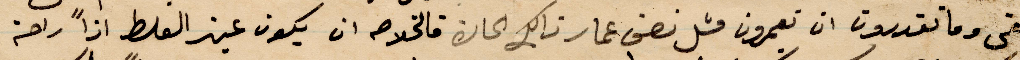
بقي وما تقدرون ان تعمرون مثل نصق عمار ذلك الحارة فالخلاصه ان يكون عين الغلط اذًا راحة